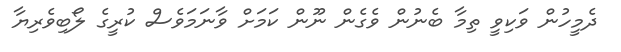
ދެމީހުން ވަކިވީ ތިމާ ބެނުން ވެގެން ނޫން ކަމަށް ވާނަމަވެސް ކުރީގެ ލޯބިވެރިޔާ